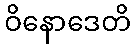
ဝိနောဒေတိ